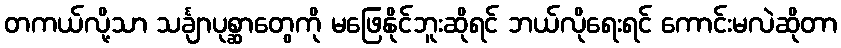
တကယ်လို့သာ သင်္ချာပုစ္ဆာတွေကို မဖြေနိုင်ဘူးဆိုရင် ဘယ်လိုရေးရင် ကောင်းမလဲဆိုတာ